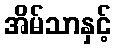
အိမ်သာနှင့်